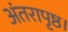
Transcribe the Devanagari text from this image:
अंतरापृष्ठ।